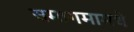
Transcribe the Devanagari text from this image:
समागमामधे